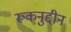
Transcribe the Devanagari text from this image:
रूकनुद्दीन